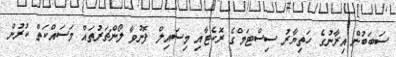
ސަބަބުން އިރާނުގެ ހަތިޔާާރު ސިސްޓަމްގެ ރޮކެޓާއި މިސައިލް ފޮނުވާ ލޯންޗަރުތައް މަސައްކަތް ކުރުން